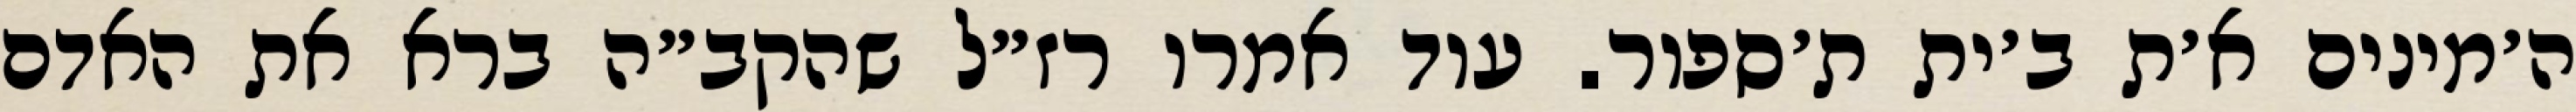
ה׳מינים א׳ת ב׳ית ת׳ספור. עוד אמרו רז״ל שהקב״ה ברא את האדם